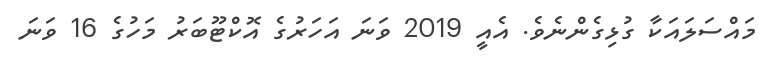
މައްސަލައަކާ ގުޅިގެންނެވެ. އެއީ 2019 ވަނަ އަހަރުގެ އޮކްޓޫބަރު މަހުގެ 16 ވަނަ